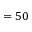
= 5 0